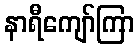
နာရီကျော်ကြာ